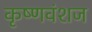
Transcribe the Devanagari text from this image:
कृष्‍णवंशज